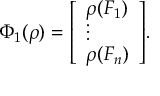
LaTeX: \; \Phi _ { 1 } ( \rho ) = { \left[ \begin{array} { l } { \rho ( F _ { 1 } ) } \\ { \vdots } \\ { \rho ( F _ { n } ) } \end{array} \right] } .